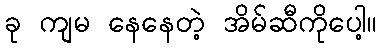
ခု ကျမ နေနေတဲ့ အိမ်ဆီကိုပေါ့။